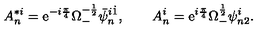
A _ { n } ^ { * i } = \mathrm { e } ^ { - i { \frac { \pi } { 4 } } } \Omega _ { - } ^ { - { \frac { 1 } { 2 } } } \bar { \psi } _ { n } ^ { i \dot { 1 } } , \qquad A _ { n } ^ { i } = \mathrm { e } ^ { i { \frac { \pi } { 4 } } } \Omega _ { - } ^ { { \frac { 1 } { 2 } } } \psi _ { n 2 } ^ { i } .